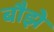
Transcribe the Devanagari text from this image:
बौझे